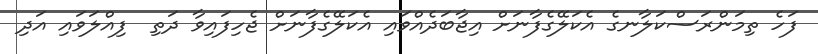
ފަހެ ތިމަންރަސްކަލާނގެ އެކަލޭގެފާނަށް އިޖާބަދެއްވައި އެކަލޭގެފާނަށް ޖެހިފައިވާ ދަތި  ފިއްލަވައި އަދި